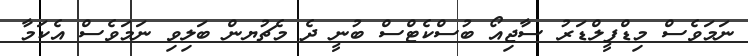
ނަމަވެސް މިޑްފީލްޑަރު ސާޖިއޯ ބުސްކެޓްސް ބުނީ ދެ މެޗުޔން ބަލިވި ނަމަވެސް އެކަމާ